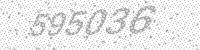
Solution: 595036